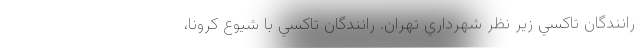
رانندگان تاكسي زير نظر شهرداري تهران. رانندگان تاكسي با شيوع كرونا،